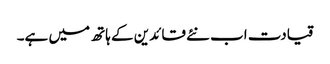
قیادت اب نئے قائدین کے ہاتھ میں ہے۔